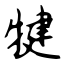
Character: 犍